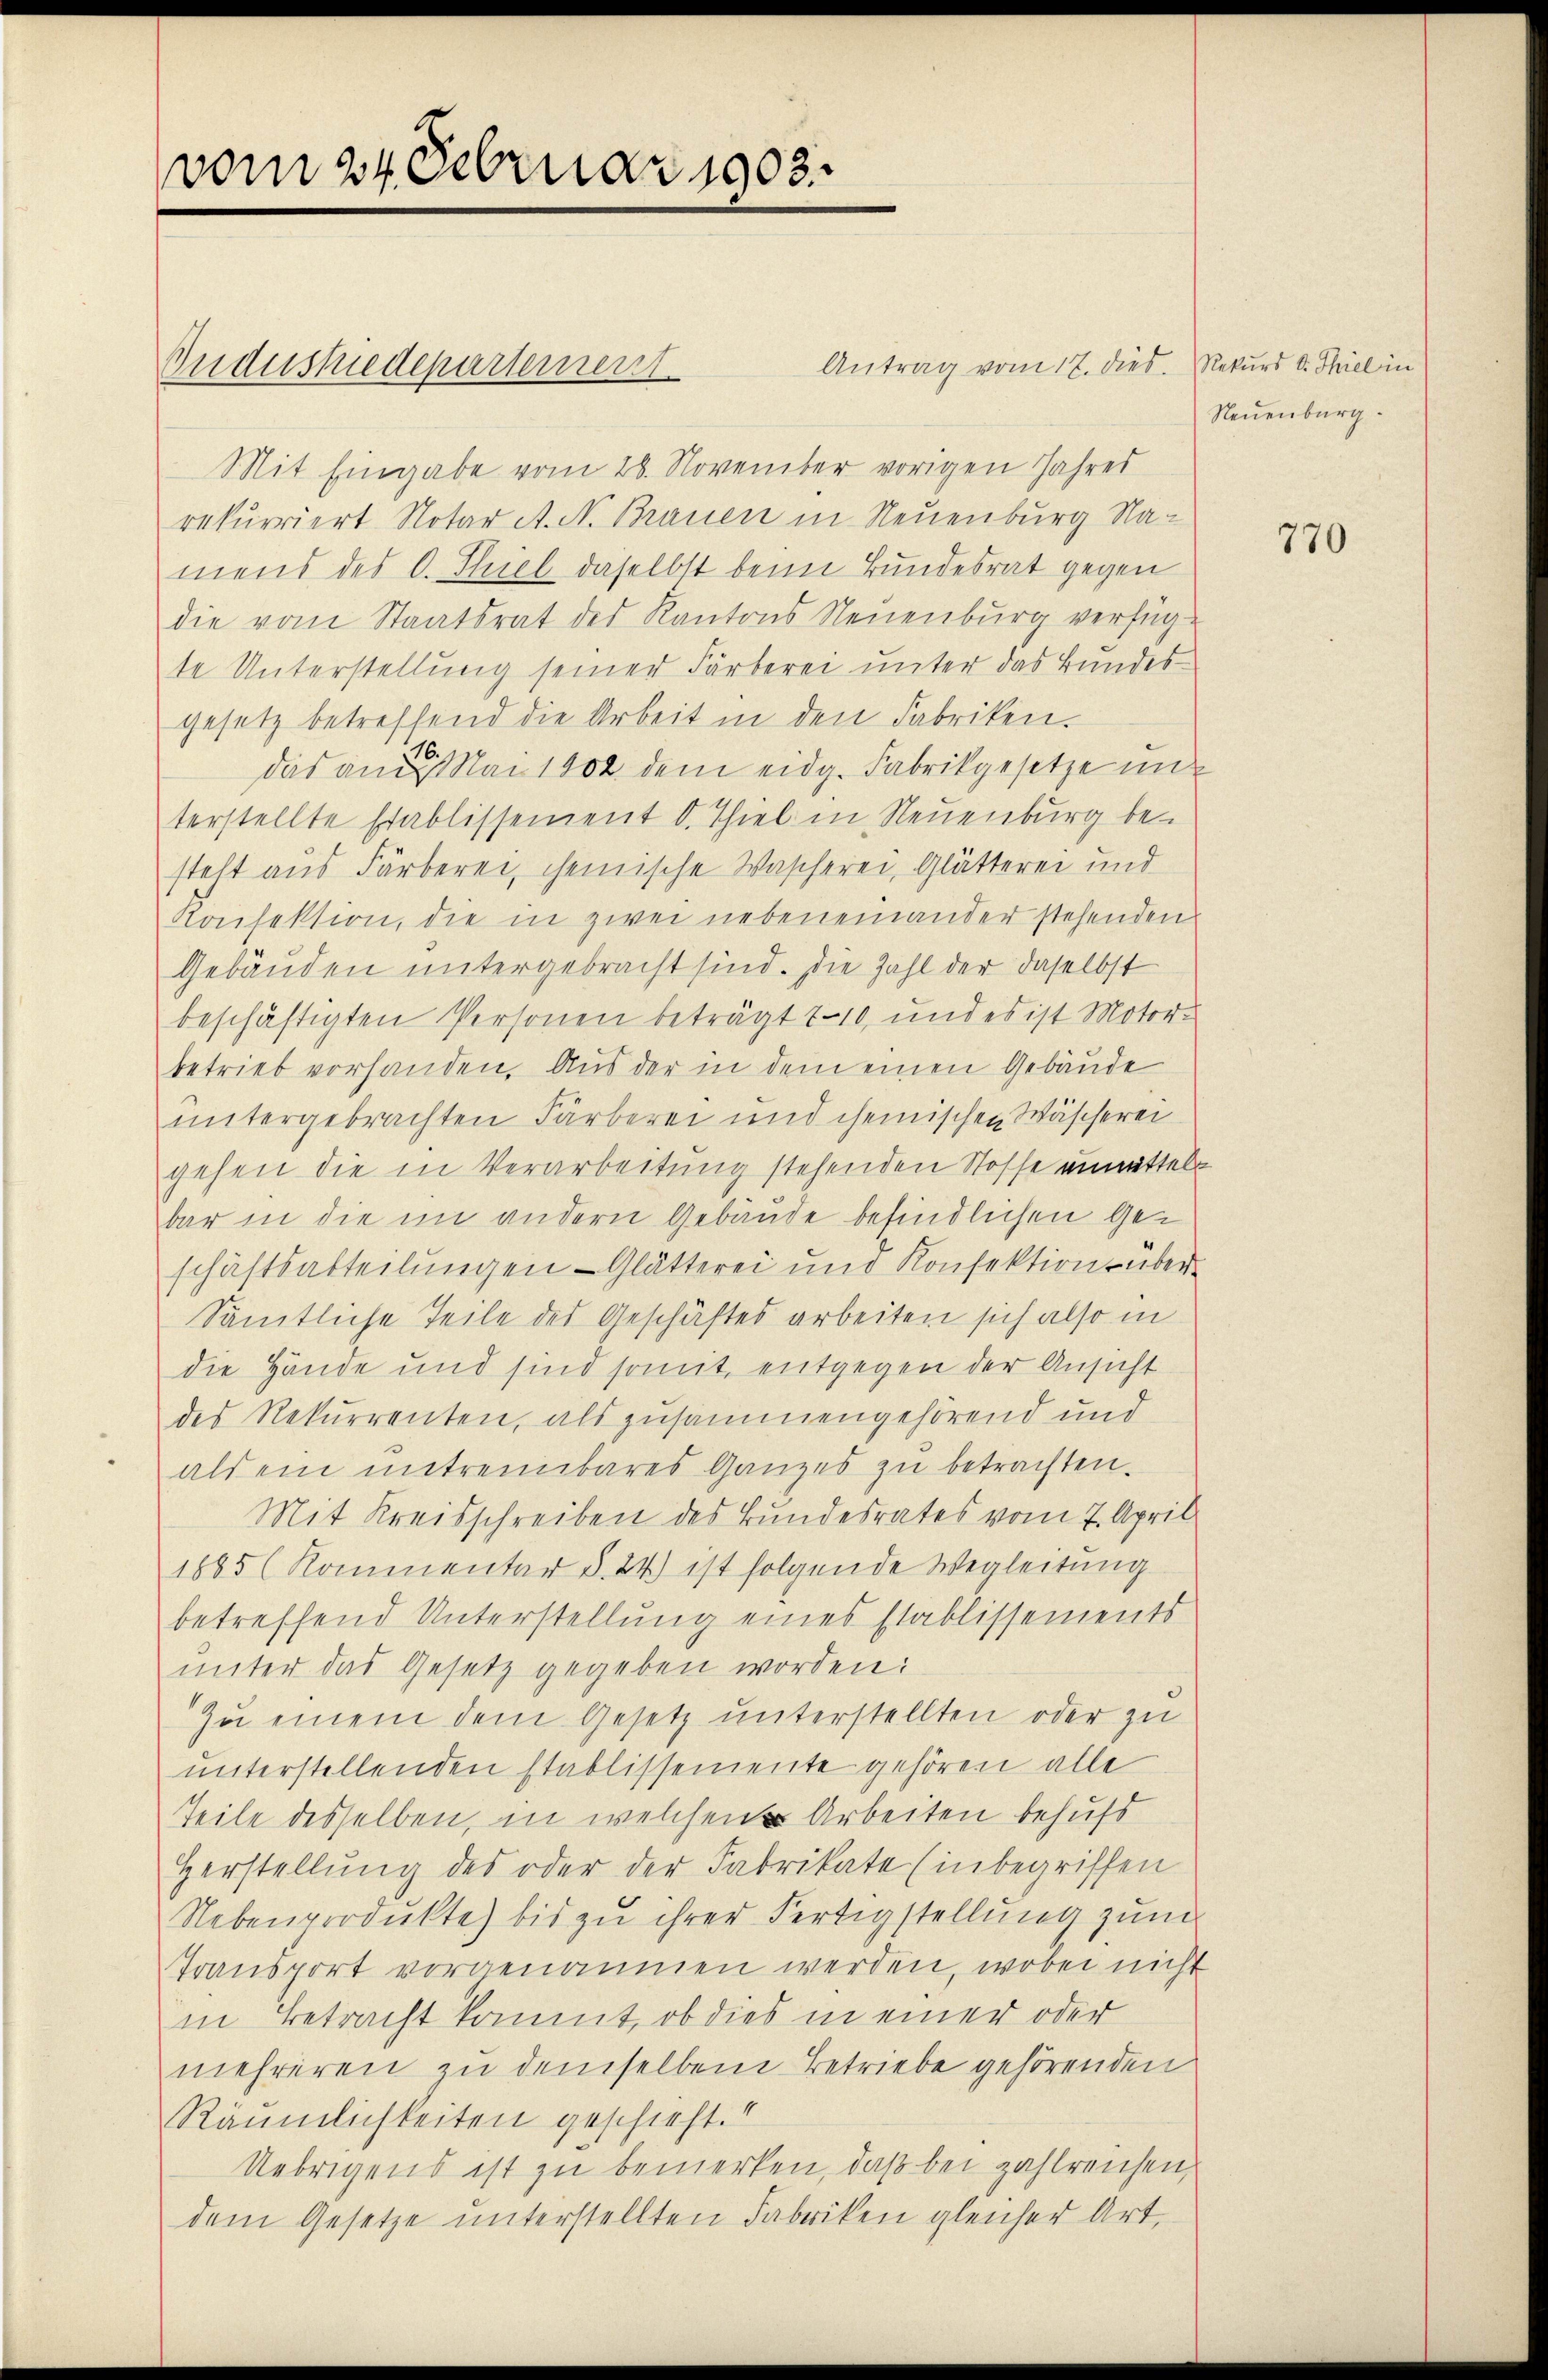
vom 24. Februar 1903.

Antrag vom 17. dies. Rekurs d. Thiel in
Mit Eingabe vom 28. November vorigen Jahres
rekurriert Notar A. N. Brauen in Neuenburg Namens des C. Thiel daselbst beim Bundesrat gegen
die vom Staatsrat des Kantons Neuenburg verfüg
te Unterstellung seiner Färberei unter das Bundesgesetz betreffend die Arbeit in den Fabriken.
das am Mai 1902 dem eidg. Fabrikgesetze mit
terstellte Etablissement d. Thiel in Neuenburg be-
steht aus Färberei, chemische Wascherei, Glätterei und
Konfektion, die in zwei nebeneinander stehenden
Gebäuden untergebracht sind. Die Zahl der daselbst
beschäftigten Personen beträgt 110, und es ist Motor-
betrieb vorhanden. Aus der in dem einen Gebäude
untergebrachten Färberei und chemischen Wäscherei
gehen die in Verarbeitung stehenden Stosse unmittels
bar in die im andern Gebäude befindlichen Geschäftsabteilungen Glätterei und Konfektion über¬
Sämtliche Teile des Geschäftes arbeiten sich also in
die Hände und sind somit entgegen der Ansicht
des Rekurrenten, als zusammengehörend und
als ein untreinbares Ganzes zu betrachten.
Mit Kreisschreiben des Bundesrates vom 7. April
1885 (Kommentar §. 24.) ist folgende Wegleitung
betreffend Unterstellung eines Etablissements
ŭnter das Gesetz gegeben worden:
Zu einem dem Gesetz unterstellten oder zu
unterstellenden Etablissemente gehören alle
Teile desselben, in welchen Arbeiten behufs
Herstellung des oder der Fabrikate (inbegriffen
Nebenprodukte) bis zu ihrer Fertigstellung zum
Transport vorgenommen werden, wobei nicht
in Betracht kommt, ob dies in einer oder
mehreren zu demselben Betriebe gehörenden
Räumlichkeiten geschieht.
Uebrigens ist zu bemerken, daß bei zahlreichen,
dem Gesetze unterstellten Fabriken gleicher Art,

Sndustriedepartement

Neuenburg.

770